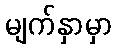
မျက်နှာမှာ